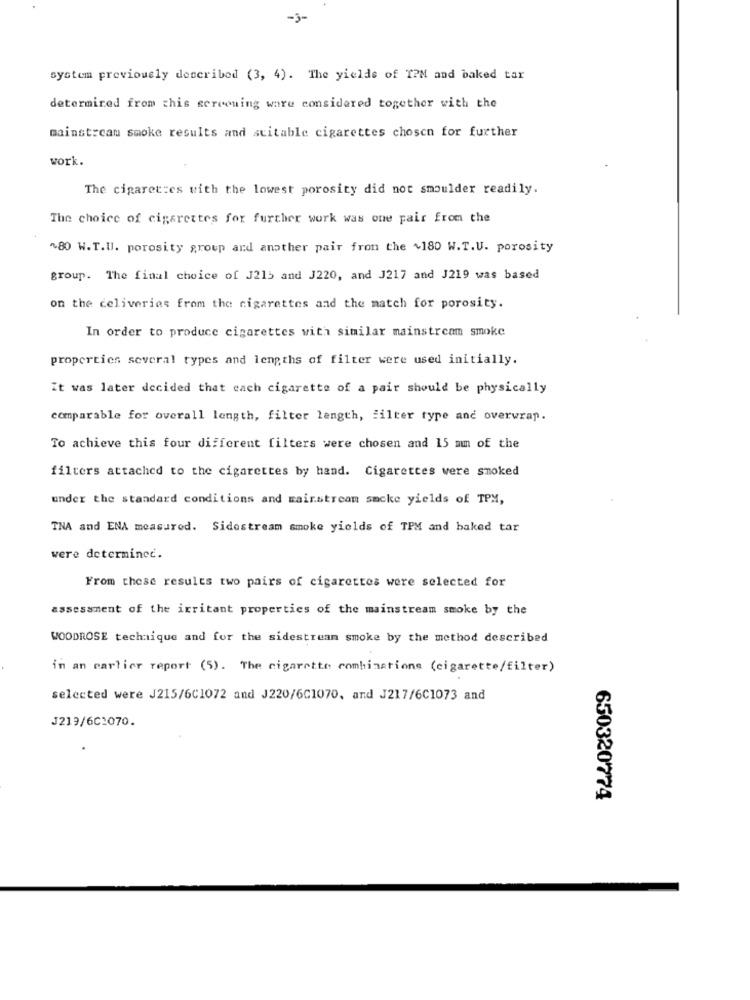
-3-
system previously described (3, 4). The yields of TPM and baked tar
determined from this screening ware considered together with the
mainstream smoke results and stitable cigarettes chosen for further
work.
The cigaret:es with the lowest porosity did not smoulder readily.
The choice of cigarettes for further work was one pair from the
~80 W.T.II. porosity group and another pair from the ~180 W.T.U. porosity
group. The final choice of J215 and J220, and J217 and J219 was based
on the deliveries from the cigarettes and the match for porosity.
In order to produce cigarettes with similar mainstream smoke
properties several types and lengths of filter were used initially.
It was later decided that cach cigarette of a pair should be physically
comparable for overall length, filter length, filter type and overwrap.
To achieve this four different filters were chosen and 15 mmm of the
filters attached to the cigarettes by hand. Cigarettes were smoked
under the standard conditions and wairstream smoke yields of TPM,
TNA and ENA measured. Sidestream smoke yields of TPM and baked tar
were determined.
From these results two pairs of cigarettes were selected for
assessment of the irritant properties of the mainstream smoke by the
WOODROSE technique and for the sidestream smoke by the method described
in an cartier report (5). The cigarette combinations (cigarette/filter)
selected were J215/6C1072 and J220/6C1070, and J217/6C1073 and
J219/6C1070.
650320774